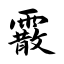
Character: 霰